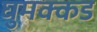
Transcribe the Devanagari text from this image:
घुमक्कड